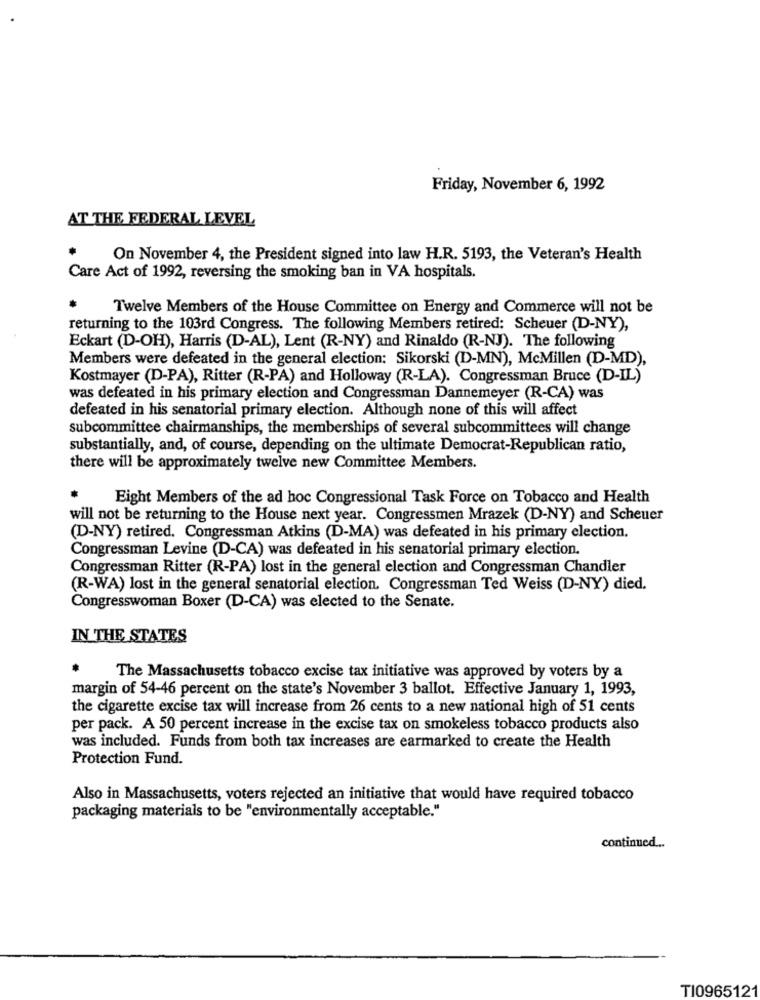
Friday, November 6, 1992
AT THE FEDERAL LEVEL
On November 4, the President signed into law H.R. 5193, the Veteran's Health
Care Act of 1992, reversing the smoking ban in VA hospitals.
Twelve Members of the House Committee on Energy and Commerce will not be
returning to the 103rd Congress. The following Members retired: Scheuer (D-NY),
Eckart (D-OH), Harris (D-AL), Lent (R-NY) and Rinaldo (R-NJ). The following
Members were defeated in the general election: Sikorski (D-MN), McMillen (D-MD),
Kostmayer (D-PA), Ritter (R-PA) and Holloway (R-LA). Congressman Bruce (D-IL)
was defeated in his primary election and Congressman Dannemeyer (R-CA) was
defeated in his senatorial primary election. Although none of this will affect
subcommittee chairmanships, the memberships of several subcommittees will change
substantially, and, of course, depending on the ultimate Democrat-Republican ratio,
there will be approximately twelve new Committee Members.
Eight Members of the ad hoc Congressional Task Force on Tobacco and Health
will not be returning to the House next year. Congressmen Mrazek (D-NY) and Scheuer
(D-NY) retired. Congressman Atkins (D-MA) was defeated in his primary election.
Congressman Levine (D-CA) was defeated in his senatorial primary election.
Congressman Ritter (R-PA) lost in the general election and Congressman Chandler
(R-WA) lost in the general senatorial election. Congressman Ted Weiss (D-NY) died.
Congresswoman Boxer (D-CA) was elected to the Senate.
IN THE STATES
The Massachusetts tobacco excise tax initiative was approved by voters by a
margin of 54-46 percent on the state's November 3 ballot. Effective January 1, 1993,
the cigarette excise tax will increase from 26 cents to a new national high of 51 cents
per pack. A 50 percent increase in the excise tax on smokeless tobacco products also
was included. Funds from both tax increases are earmarked to create the Health
Protection Fund.
Also in Massachusetts, voters rejected an initiative that would have required tobacco
packaging materials to be "environmentally acceptable."
continued ...
TI0965121